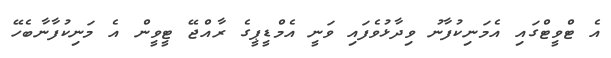
އެ ޓްވީޓްގައި އެމަނިކުފާނު ވިދާޅުވެފައި ވަނީ އެމްޑީޕީގެ ރާއްޖޭ ޓީވީން އެ މަނިކުފާނާބެހޭ